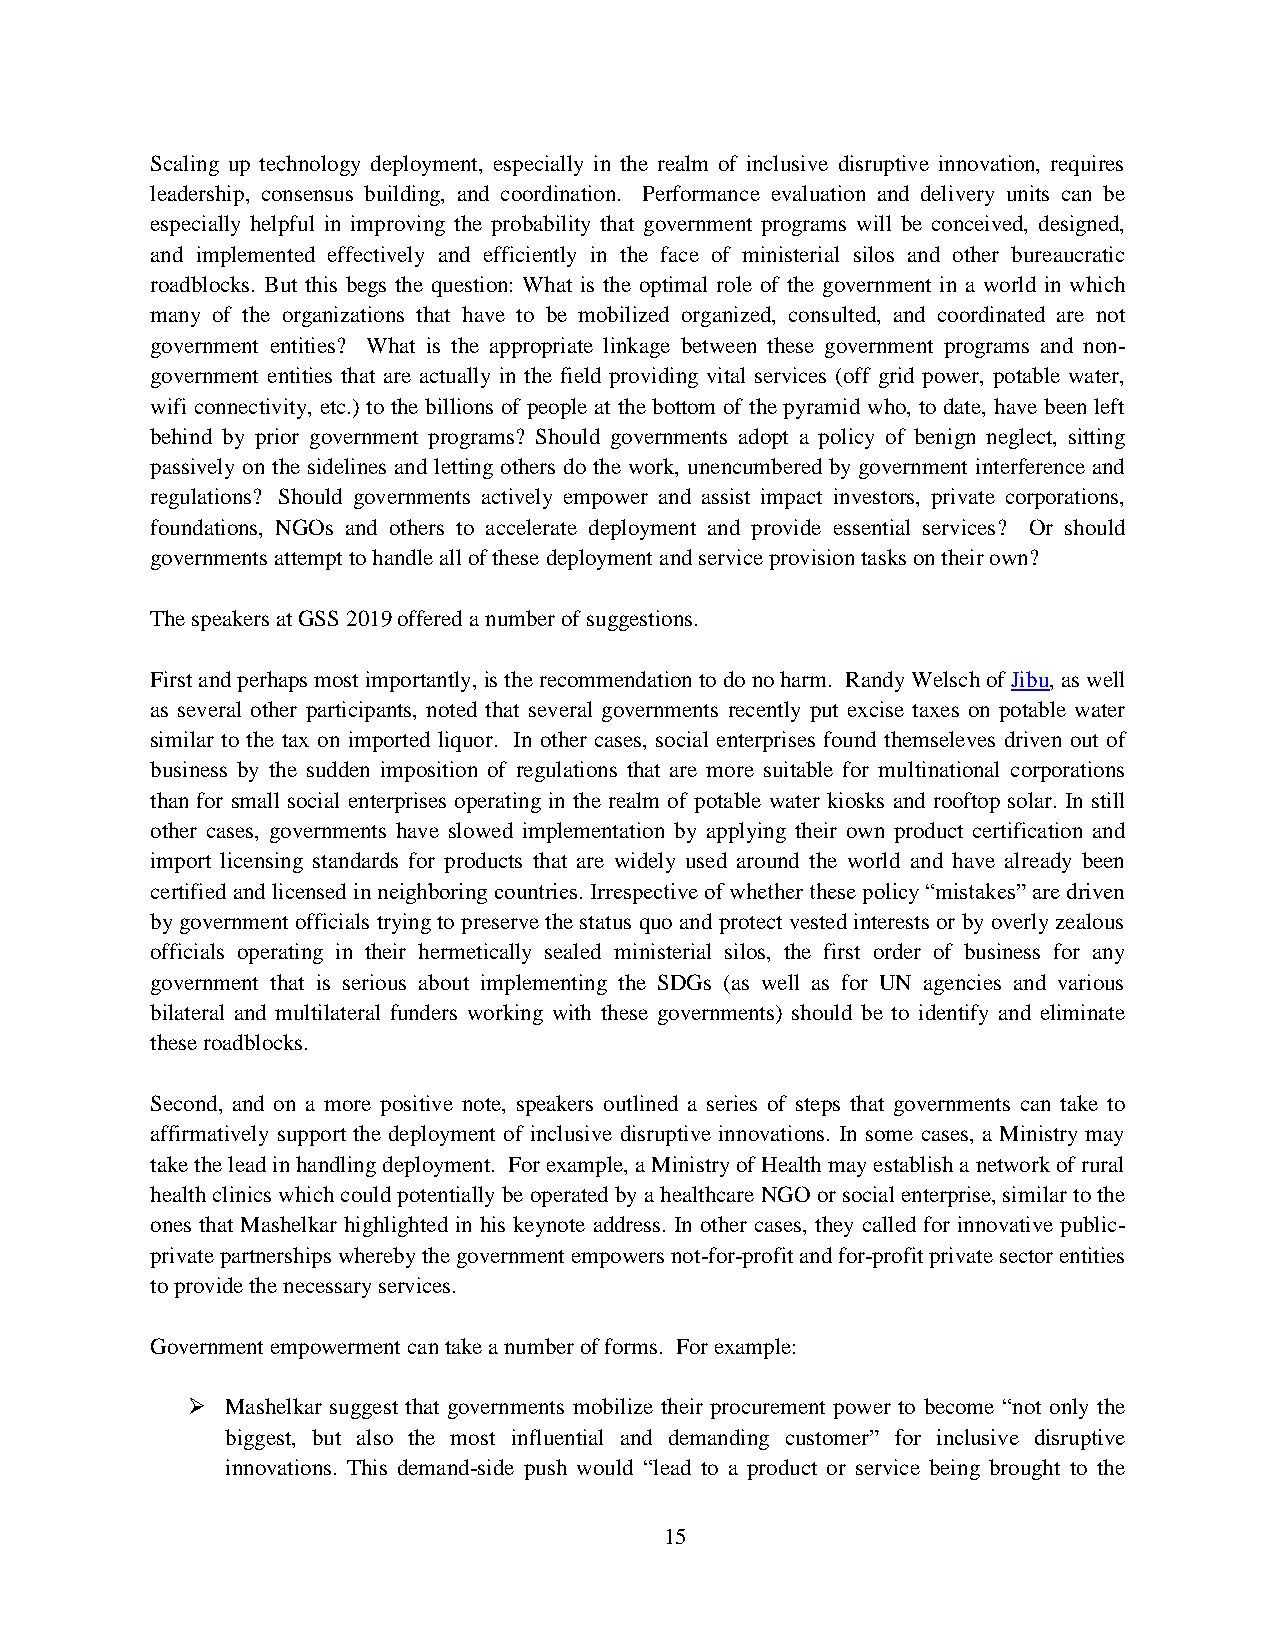
Scaling up technology deployment, especially in the realm of inclusive disruptive innovation, requires
 leadership, consensus building, and coordination. Performance evaluation and delivery units can be
 especially helpful in improving the probability that government programs will be conceived, designed,
 and implemented effectively and efficiently in the face of ministerial silos and other bureaucratic
 roadblocks. But this begs the question: What is the optimal role of the government in a world in which
 many of the organizations that have to be mobilized organized, consulted, and coordinated are not
 government entities? What is the appropriate linkage between these government programs and non-
 government entities that are actually in the field providing vital services (off grid power, potable water,
 wifi connectivity, etc.) to the billions of people at the bottom of the pyramid who, to date, have been left
 behind by prior government programs? Should governments adopt a policy of benign neglect, sitting
 passively on the sidelines and letting others do the work, unencumbered by government interference and
 regulations? Should governments actively empower and assist impact investors, private corporations,
 foundations, NGOs and others to accelerate deployment and provide essential services? Or should
 governments attempt to handle all of these deployment and service provision tasks on their own?
 The speakers at GSS 2019 offered a number of suggestions.
 First and perhaps most importantly, is the recommendation to do no harm. Randy Welsch of Jibu, as well
 as several other participants, noted that several governments recently put excise taxes on potable water
 similar to the tax on imported liquor. In other cases, social enterprises found themseleves driven out of
 business by the sudden imposition of regulations that are more suitable for multinational corporations
 than for small social enterprises operating in the realm of potable water kiosks and rooftop solar. In still
 other cases, governments have slowed implementation by applying their own product certification and
 import licensing standards for products that are widely used around the world and have already been
 certified and licensed in neighboring countries. Irrespective of whether these policy “mistakes” are driven
 by government officials trying to preserve the status quo and protect vested interests or by overly zealous
 officials operating in their hermetically sealed ministerial silos, the first order of business for any
 government that is serious about implementing the SDGs (as well as for UN agencies and various
 bilateral and multilateral funders working with these governments) should be to identify and eliminate
 these roadblocks.
 Second, and on a more positive note, speakers outlined a series of steps that governments can take to
 affirmatively support the deployment of inclusive disruptive innovations. In some cases, a Ministry may
 take the lead in handling deployment. For example, a Ministry of Health may establish a network of rural
 health clinics which could potentially be operated by a healthcare NGO or social enterprise, similar to the
 ones that Mashelkar highlighted in his keynote address. In other cases, they called for innovative public-
 private partnerships whereby the government empowers not-for-profit and for-profit private sector entities
 to provide the necessary services.
 Government empowerment can take a number of forms. For example:
   Mashelkar suggest that governments mobilize their procurement power to become “not only the
 biggest, but also the most influential and demanding customer” for inclusive disruptive
 innovations. This demand-side push would “lead to a product or service being brought to the
 15